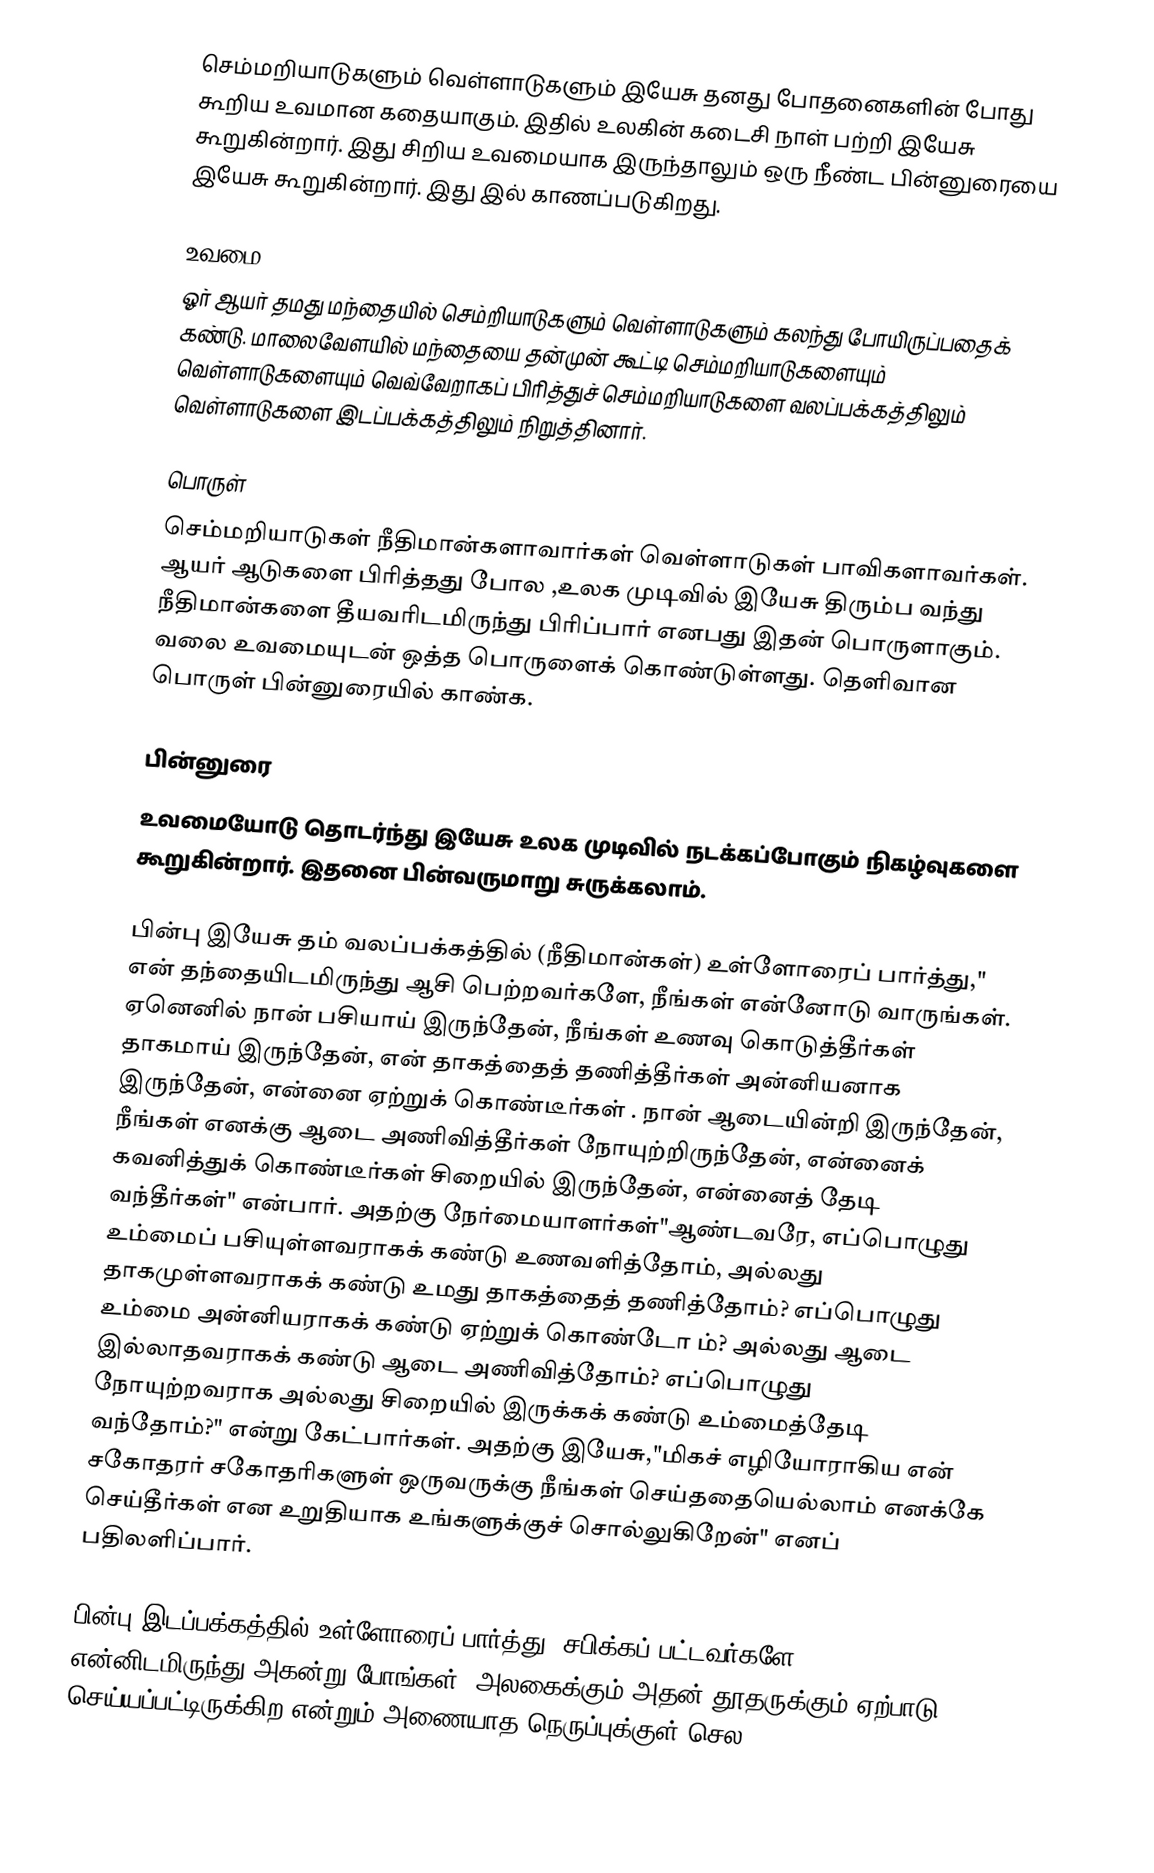
செம்மறியாடுகளும் வெள்ளாடுகளும் இயேசு தனது போதனைகளின் போது கூறிய உவமான கதையாகும். இதில் உலகின் கடைசி நாள் பற்றி இயேசு கூறுகின்றார். இது சிறிய உவமையாக இருந்தாலும் ஒரு நீண்ட பின்னுரையை இயேசு கூறுகின்றார். இது  இல் காணப்படுகிறது.

உவமை
ஓர் ஆயர் தமது மந்தையில் செம்றியாடுகளும் வெள்ளாடுகளும் கலந்து போயிருப்பதைக் கண்டு. மாலைவேளயில் மந்தையை தன்முன் கூட்டி செம்மறியாடுகளையும் வெள்ளாடுகளையும் வெவ்வேறாகப் பிரித்துச் செம்மறியாடுகளை வலப்பக்கத்திலும் வெள்ளாடுகளை இடப்பக்கத்திலும் நிறுத்தினார்.

பொருள்
செம்மறியாடுகள் நீதிமான்களாவார்கள் வெள்ளாடுகள் பாவிகளாவர்கள். ஆயர் ஆடுகளை பிரித்தது போல ,உலக முடிவில் இயேசு திரும்ப வந்து நீதிமான்களை தீயவரிடமிருந்து பிரிப்பார் எனபது இதன் பொருளாகும். வலை உவமையுடன் ஒத்த பொருளைக் கொண்டுள்ளது. தெளிவான பொருள் பின்னுரையில் காண்க.

பின்னுரை
உவமையோடு தொடர்ந்து  இயேசு உலக முடிவில் நடக்கப்போகும் நிகழ்வுகளை கூறுகின்றார். இதனை பின்வருமாறு சுருக்கலாம்.

பின்பு இயேசு தம் வலப்பக்கத்தில் (நீதிமான்கள்) உள்ளோரைப் பார்த்து," என் தந்தையிடமிருந்து ஆசி பெற்றவர்களே, நீங்கள் என்னோடு வாருங்கள். ஏனெனில் நான் பசியாய் இருந்தேன், நீங்கள் உணவு கொடுத்தீர்கள் தாகமாய் இருந்தேன், என் தாகத்தைத் தணித்தீர்கள் அன்னியனாக இருந்தேன், என்னை ஏற்றுக் கொண்டீர்கள் . நான் ஆடையின்றி இருந்தேன், நீங்கள் எனக்கு ஆடை அணிவித்தீர்கள் நோயுற்றிருந்தேன், என்னைக் கவனித்துக் கொண்டீர்கள் சிறையில் இருந்தேன், என்னைத் தேடி வந்தீர்கள்" என்பார். அதற்கு நேர்மையாளர்கள்"ஆண்டவரே, எப்பொழுது உம்மைப் பசியுள்ளவராகக் கண்டு உணவளித்தோம், அல்லது தாகமுள்ளவராகக் கண்டு உமது தாகத்தைத் தணித்தோம்? எப்பொழுது உம்மை அன்னியராகக் கண்டு ஏற்றுக் கொண்டோ ம்? அல்லது ஆடை இல்லாதவராகக் கண்டு ஆடை அணிவித்தோம்?  எப்பொழுது நோயுற்றவராக அல்லது சிறையில் இருக்கக் கண்டு உம்மைத்தேடி வந்தோம்?" என்று கேட்பார்கள். அதற்கு இயேசு,"மிகச் எழியோராகிய என் சகோதரர் சகோதரிகளுள் ஒருவருக்கு நீங்கள் செய்ததையெல்லாம் எனக்கே செய்தீர்கள் என உறுதியாக உங்களுக்குச் சொல்லுகிறேன்" எனப் பதிலளிப்பார்.

பின்பு இடப்பக்கத்தில் உள்ளோரைப் பார்த்து,"சபிக்கப் பட்டவர்களே, என்னிடமிருந்து அகன்று போங்கள். அலகைக்கும் அதன் தூதருக்கும் ஏற்பாடு செய்யப்பட்டிருக்கிற என்றும் அணையாத நெருப்புக்குள் செல